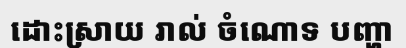
ដោះស្រាយ រាល់ ចំណោទ បញ្ហា